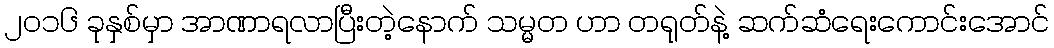
၂၀၁၆ ခုနှစ်မှာ အာဏာရလာပြီးတဲ့နောက် သမ္မတ ဟာ တရုတ်နဲ့ ဆက်ဆံရေးကောင်းအောင်